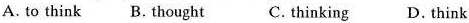
A. to think B. Thought C. Thinking D. Think